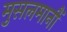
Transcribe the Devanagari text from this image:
मुसलमानौं